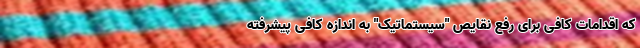
که اقدامات کافی برای رفع نقایص "سیستماتیک" به اندازه کافی پیشرفته